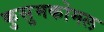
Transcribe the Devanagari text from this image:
कुसुमकोमल